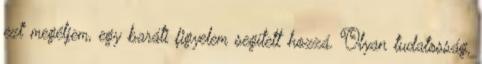
ezt megéljem, egy baráti figyelem segített hozzá. Olyan tudatosság,